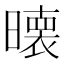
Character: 𭧵